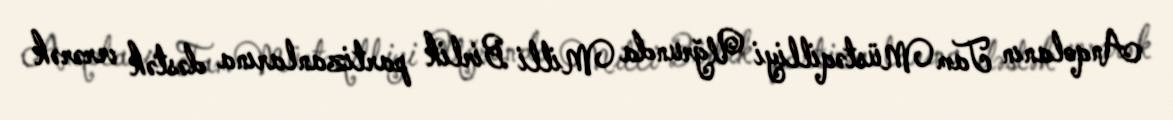
Anqolanın Tam Müstəqilliyi Uğrunda Milli Birlik partizanlarına dəstək verərək